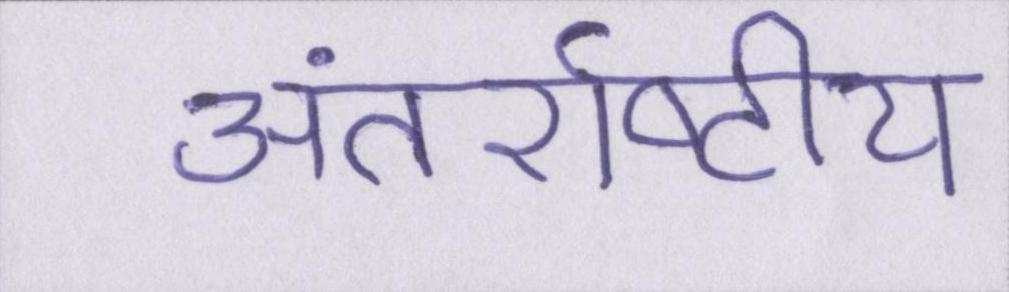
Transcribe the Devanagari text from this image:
अंतर्राष्ट्रीय